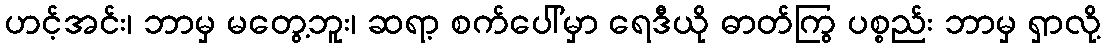
ဟင့်အင်း၊ ဘာမှ မတွေ့ဘူး၊ ဆရာ့ စက်ပေါ်မှာ ရေဒီယို ဓာတ်ကြွ ပစ္စည်း ဘာမှ ရှာလို့